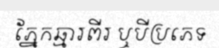
ភ្នែកឆ្មារពីរ ឬបីប្រភេទ